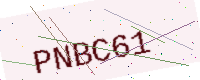
Text: PNBC61